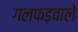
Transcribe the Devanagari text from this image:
गलफड़वाले